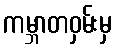
ကမ္ဘာတဝှမ်းမှ